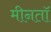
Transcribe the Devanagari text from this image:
मीनतॉ